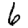
Digit: 6